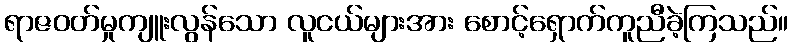
ရာဇဝတ်မှုကျူးလွန်သော လူငယ်များအား စောင့်ရှောက်ကူညီခဲ့ကြသည်။